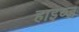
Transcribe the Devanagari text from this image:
हाइव्ज़